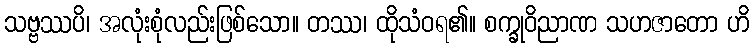
သဗ္ဗဿပိ၊ အလုံးစုံလည်းဖြစ်သော။ တဿ၊ ထိုသံဝရ၏။ စက္ခုဝိညာဏ သဟဇာတော ဟိ